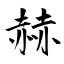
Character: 赫